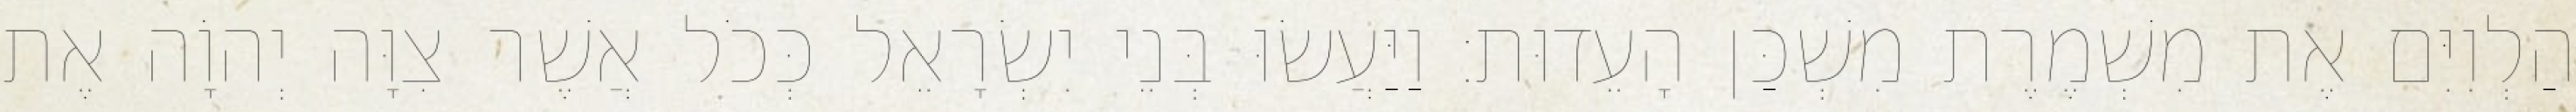
הַלְוִיִּם אֶת מִשְׁמֶרֶת מִשְׁכַּן הָעֵדוּת׃ וַיַּעֲשׂוּ בְּנֵי יִשְׂרָאֵל כְּכֹל אֲשֶׁר צִוָּה יְהוָֹה אֶת